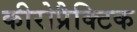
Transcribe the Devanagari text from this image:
कीरोप्रैक्टिक